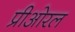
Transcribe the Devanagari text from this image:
प्रीओरल